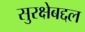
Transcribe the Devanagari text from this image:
सुरक्षेबद्दल